Senior Leaving Certificate Examination (including Day School Certificate (Higher) General paper), 1949
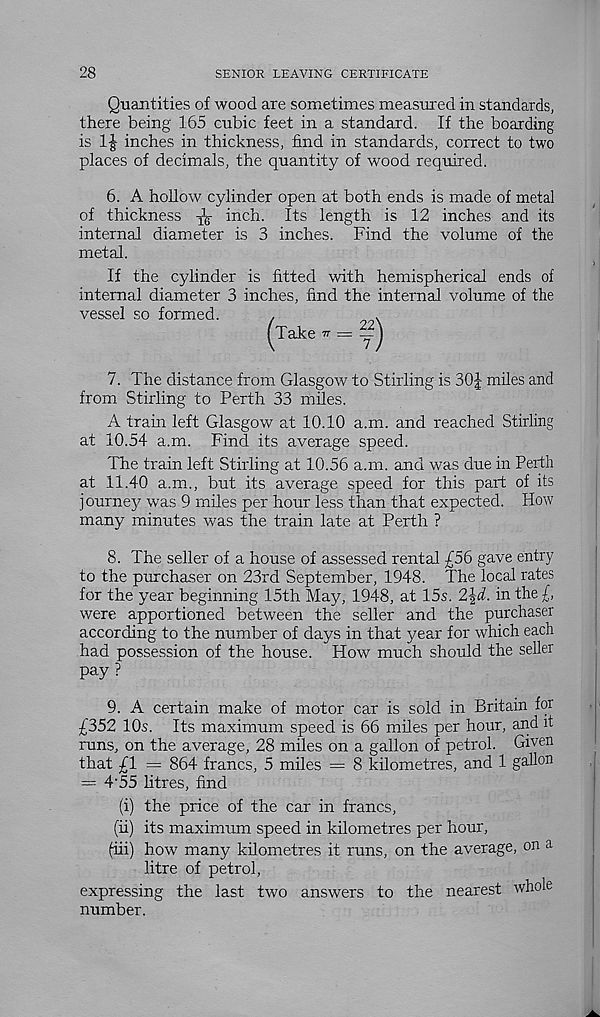
28
SENIOR LEAVING CERTIFICATE
Quantities of wood are sometimes measured in standards,
there being 165 cubic feet in a standard. If the boarding
is
inches in thickness, find in standards, correct to two
places of decimals, the quantity of wood required.
6. A hollow cylinder open at both ends is made of metal
of thickness ^ inch. Its length is 12 inches and its
internal diameter is 3 inches. Find the volume of the
metal.
If the cylinder is fitted with hemispherical ends of
internal diameter 3 inches, find the internal volume of the
vessel so formed.
,
.
(Take * = f)
7. The distance from Glasgow to Stirling is 30| miles and
from Stirling to Perth 33 miles.
A train left Glasgow at 10.10 a.m. and reached Stirling
at 10.54 a.m. Find its average speed.
The train left Stirling at 10.56 a.m. and was due in Perth
at 11.40 a.m., but its average speed for this part of its
journey was 9 miles per hour less than that expected. How
many minutes was the train late at Perth ?
8. The seller of a house of assessed rental £56 gave entry
to the purchaser on 23rd September, 1948. The local rates
for the year beginning 15th May, 1948, at 15s. 2\d. in the £,
were apportioned between the seller and the purchaser
according to the number of days in that year for which each
had possession of the house. How much should the seller
pay?
9. A certain make of motor car is sold in Britain for
£352 10s. Its maximum speed is 66 miles per hour, and it
runs, on the average, 28 miles on a gallon of petrol. Given
that £1 = 864 francs, 5 miles = 8 kilometres, and 1 gallon
= 4’55 litres, find
(i) the price of the car in francs,
(ii) its maximum speed in kilometres per hour,
fiii) how many kilometres it runs, on the average, on a
litre of petrol,
expressing the last two answers to the nearest whole
number.